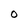
Character: O